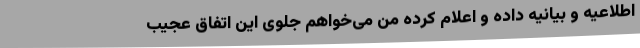
اطلاعیه و بیانیه داده و اعلام کرده من می‌خواهم جلوی این اتفاق عجیب